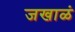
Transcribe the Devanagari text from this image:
जखाळं